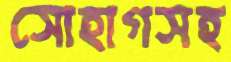
সোহাগসহ